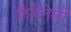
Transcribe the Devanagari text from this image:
फैरिनेली